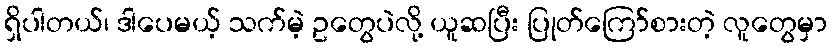
ရှိပါတယ်၊ ဒါပေမယ့် သက်မဲ့ ဥတွေပဲလို့ ယူဆပြီး ပြုတ်ကြော်စားတဲ့ လူတွေမှာ